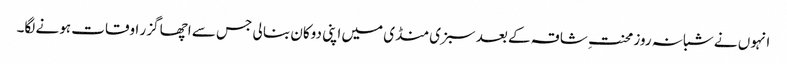
انہوں نے شبانہ روز محنتِ شاقہ کے بعد سبزی منڈی میں اپنی دوکان بنا لی جس سے اچھا گزر اوقات ہونے لگا۔